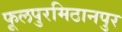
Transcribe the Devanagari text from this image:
फूलपुरमिठानपुर